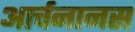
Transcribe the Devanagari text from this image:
आर्चनानस